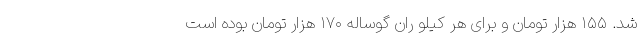
شد. ۱۵۵ هزار تومان و برای هر کیلو ران گوساله ۱۷۰ هزار تومان بوده است